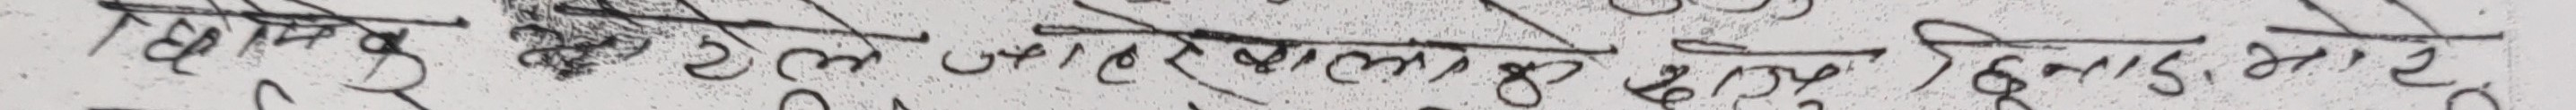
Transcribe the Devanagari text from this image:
धिवाँगु बाँकी जन्म तल सुरक्षाको लागि दिनु भएका छन्।